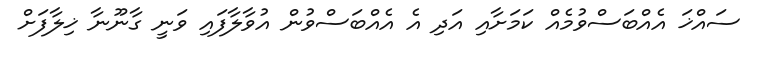
ސައްޚަ އެއްބަސްވުމެއް ކަމަށާއި އަދި އެ އެއްބަސްވުން އުވާލާފައި ވަނީ ގާނޫނާ ޚިލާފަށް